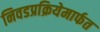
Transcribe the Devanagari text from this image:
निवडप्रक्रियेमार्फत